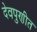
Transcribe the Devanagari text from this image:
देवपुणीत